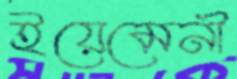
ইয়েমেনী